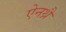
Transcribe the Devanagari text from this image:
ऐनथ्रै